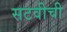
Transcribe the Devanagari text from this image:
सटवीची